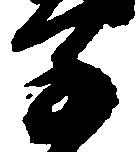
子